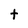
Character: t